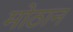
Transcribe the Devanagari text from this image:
मोठान